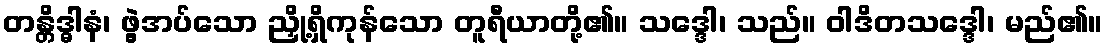
တန္တိဒ္ဓါနံ၊ ဖွဲ့အပ်သော ညှို့ရှိကုန်သော တူရီယာတို့၏။ သဒ္ဒေါ၊ သည်။ ဝါဒိတသဒ္ဒေါ၊ မည်၏။